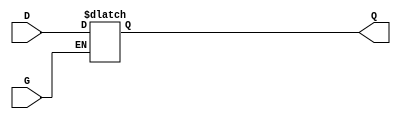
`timescale 1ns / 1ps

module Latch_posG(
    input D,
    input G,
    output reg Q
    );
	 
	 always @ (G or D) begin
		if (G)
			Q = D;
	 end

endmodule